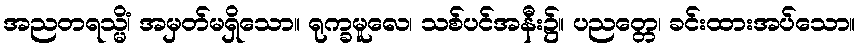
အညတရသ္မိံ၊ အမှတ်မရှိသော။ ရုက္ခမူလေ၊ သစ်ပင်အနီး၌။ ပညတ္တေ၊ ခင်းထားအပ်သော။